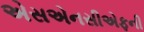
એસએનસીએફની